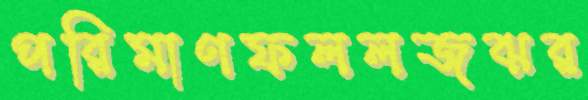
পরিমাণফললজঝর